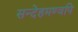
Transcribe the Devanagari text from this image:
सन्देहमण्वपि